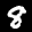
Label: 8